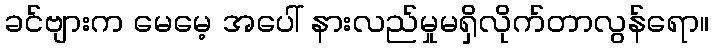
ခင်ဗျားက မေမေ့ အပေါ် နားလည်မှုမရှိလိုက်တာလွန်ရော။